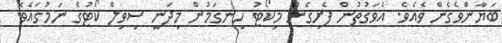
ބަޔާންވެގެން ވެއެވެ. އެވަގުތުން ފެށިގެން މިކޯޓު ހިނގަމުން މިދަނީ ސިވިލް ކޯޓުގެ ނަމުގައެވެ.